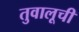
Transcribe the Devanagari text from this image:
तुवालूची